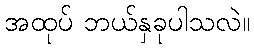
အထုပ် ဘယ်နှခုပါသလဲ။